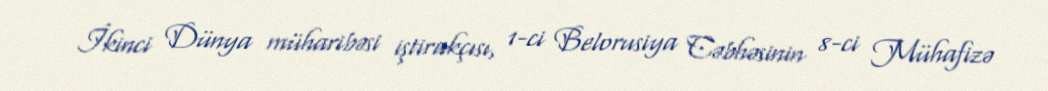
İkinci Dünya müharibəsi iştirakçısı, 1-ci Belorusiya Cəbhəsinin 8-ci Mühafizə